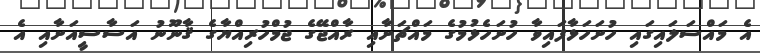
އެ މައްސަލައިގައި ހުށަހަޅާފައިވާ ހުށަހެޅުމުގެ މައްޗަށާއި ރާއްޖޭގެ ޖުމްހުރިއްޔާގެ ޤާނޫނު އަސާސީއަށާއި އެ